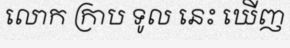
លោក ក្រាប ទូល នេះ ឃើញ